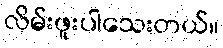
လိမ်းဖူးပါသေးတယ်။